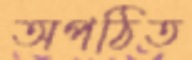
অপঠিত